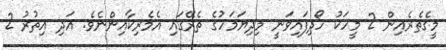
މީގެތެރެއިން 2 މީހަކު ހޯދިފައިވަނީ މިދިޔަމަހުގެ ތެރޭގައި އެމެރިކާއިންނެވެ. އަދި އިތުރު 2